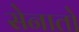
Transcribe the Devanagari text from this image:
सेनातो